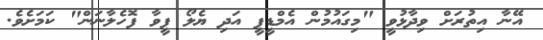
އޭނާ އިތުރަށް ވިދާޅުވީ "މިގައުމުން އެމްޑީޕީ އަދި ޔެލޯ ފީވާ ފޮހެލާނަން" ކަމަށެވެ.